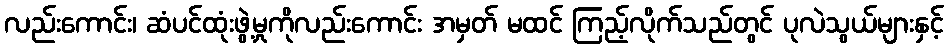
လည်းကောင်း၊ ဆံပင်ထုံးဖွဲ့မှုကိုလည်းကောင်း အမှတ် မထင် ကြည့်လိုက်သည်တွင် ပုလဲသွယ်များနှင့်